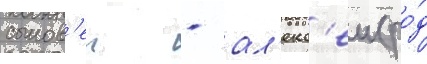
сынов'еи - ал'екс'еи (ро́д